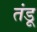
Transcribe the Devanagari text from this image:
तंडू